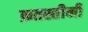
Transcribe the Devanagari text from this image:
फ़तस्तीनी